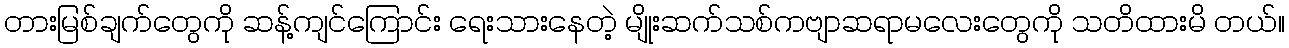
တားမြစ်ချက်တွေကို ဆန့်ကျင်ကြောင်း ရေးသားနေတဲ့ မျိုးဆက်သစ်ကဗျာဆရာမလေးတွေကို သတိထားမိ တယ်။